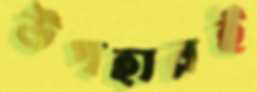
উপহারই